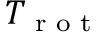
T _ { \textrm { r o t } }